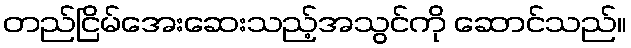
တည်ငြိမ်အေးဆေးသည့်အသွင်ကို ဆောင်သည်။